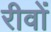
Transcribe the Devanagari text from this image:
रीवों